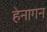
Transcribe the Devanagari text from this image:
हेनागन